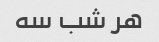
هر شب سه